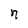
Character: n